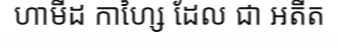
ហាមីដ កាហ្សៃ ដែល ជា អតីត